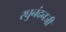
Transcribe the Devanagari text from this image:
रघुनंदनजी